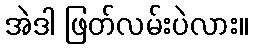
အဲဒါ ဖြတ်လမ်းပဲလား။